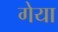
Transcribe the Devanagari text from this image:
गेया